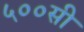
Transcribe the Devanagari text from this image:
५००सी